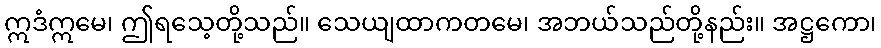
ဣဒံဣမေ၊ ဤရသေ့တို့သည်။ သေယျထာကတမေ၊ အဘယ်သည်တို့နည်း။ အဋ္ဌကော၊